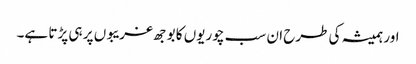
اور ہمیشہ کی طرح ان سب چوریوں کا بوجھ غریبوں پر ہی پڑتا ہے۔